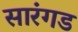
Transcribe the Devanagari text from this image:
सारंगड